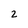
Character: 2